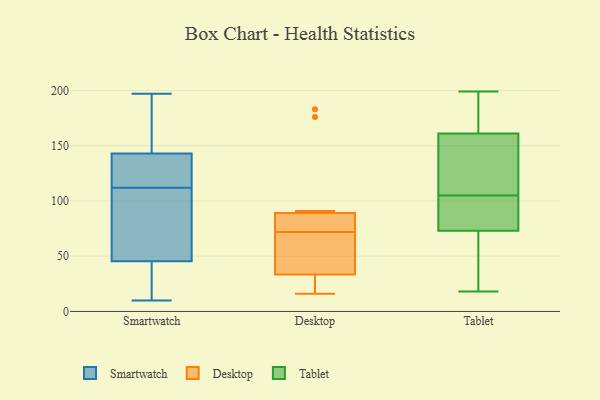
{"axis": {"x": "Gross Profit (USD K)", "y": "Value"}, "legend": ["Desktop", "Smartwatch", "Tablet"], "data": [{"x": "", "y": 20, "type": "Smartwatch"}, {"x": "", "y": 10, "type": "Smartwatch"}, {"x": "", "y": 127, "type": "Smartwatch"}, {"x": "", "y": 143, "type": "Smartwatch"}, {"x": "", "y": 86, "type": "Smartwatch"}, {"x": "", "y": 14, "type": "Smartwatch"}, {"x": "", "y": 87, "type": "Smartwatch"}, {"x": "", "y": 32, "type": "Smartwatch"}, {"x": "", "y": 153, "type": "Smartwatch"}, {"x": "", "y": 143, "type": "Smartwatch"}, {"x": "", "y": 197, "type": "Smartwatch"}, {"x": "", "y": 112, "type": "Smartwatch"}, {"x": "", "y": 109, "type": "Smartwatch"}, {"x": "", "y": 177, "type": "Smartwatch"}, {"x": "", "y": 114, "type": "Smartwatch"}, {"x": "", "y": 80, "type": "Desktop"}, {"x": "", "y": 45, "type": "Desktop"}, {"x": "", "y": 183, "type": "Desktop"}, {"x": "", "y": 16, "type": "Desktop"}, {"x": "", "y": 57, "type": "Desktop"}, {"x": "", "y": 75, "type": "Desktop"}, {"x": "", "y": 91, "type": "Desktop"}, {"x": "", "y": 69, "type": "Desktop"}, {"x": "", "y": 176, "type": "Desktop"}, {"x": "", "y": 87, "type": "Desktop"}, {"x": "", "y": 22, "type": "Desktop"}, {"x": "", "y": 19, "type": "Desktop"}, {"x": "", "y": 195, "type": "Tablet"}, {"x": "", "y": 163, "type": "Tablet"}, {"x": "", "y": 119, "type": "Tablet"}, {"x": "", "y": 77, "type": "Tablet"}, {"x": "", "y": 22, "type": "Tablet"}, {"x": "", "y": 47, "type": "Tablet"}, {"x": "", "y": 199, "type": "Tablet"}, {"x": "", "y": 18, "type": "Tablet"}, {"x": "", "y": 97, "type": "Tablet"}, {"x": "", "y": 107, "type": "Tablet"}, {"x": "", "y": 144, "type": "Tablet"}, {"x": "", "y": 18, "type": "Tablet"}, {"x": "", "y": 182, "type": "Tablet"}, {"x": "", "y": 86, "type": "Tablet"}, {"x": "", "y": 194, "type": "Tablet"}, {"x": "", "y": 159, "type": "Tablet"}, {"x": "", "y": 118, "type": "Tablet"}, {"x": "", "y": 103, "type": "Tablet"}, {"x": "", "y": 69, "type": "Tablet"}, {"x": "", "y": 79, "type": "Tablet"}]}